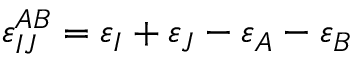
\varepsilon _ { I J } ^ { A B } = \varepsilon _ { I } + \varepsilon _ { J } - \varepsilon _ { A } - \varepsilon _ { B }